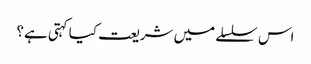
اس سلسلے میں شریعت کیا کہتی ہے؟